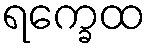
ရက္ခေထ